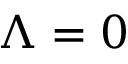
\Lambda = 0